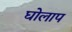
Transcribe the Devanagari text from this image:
घोलाप